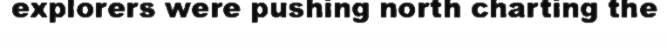
explorers were pushing north charting the